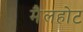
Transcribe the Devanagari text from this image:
मैलहोट